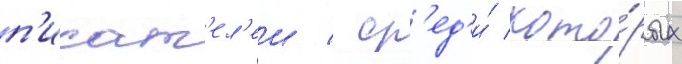
п'исат'ел'еи / ср'ед'и́ кото́рых